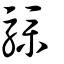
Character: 驜